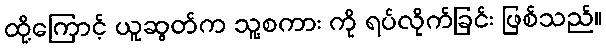
ထို့ကြောင့် ယူဆွတ်က သူ့စကား ကို ရပ်လိုက်ခြင်း ဖြစ်သည်။